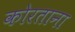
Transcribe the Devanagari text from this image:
कोरताना